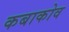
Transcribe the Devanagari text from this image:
कबाकोव